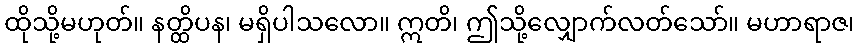
ထိုသို့မဟုတ်။ နတ္ထိပန၊ မရှိပါသလော။ ဣတိ၊ ဤသို့လျှောက်လတ်သော်။ မဟာရာဇ၊